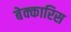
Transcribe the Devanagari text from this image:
बेक्कारिस